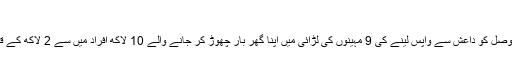
جولائی 2017
عراقی عہدے داروں کا کہنا ہے کہ موصل کو داعش سے واپس لینے کی 9 مہینوں کی لڑائی میں اپنا گھر بار چھوڑ کر جانے والے 10 لاکھ افراد میں سے 2 لاکھ کے قریب اپنے گھروں کو لوٹ چکے ہیں۔